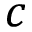
c